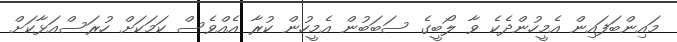
މައިންބަފައިން އެމީހުންދެކެ ވާ ލޯބީގެ ސަބަބުން އެމީހުން ކުރާ އެއްވެސް ކަމަކަށް ހުރަސްއަޅާކަށް